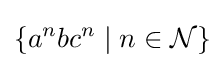
\{a^{n}bc^{n}\mid n\in {\mathcal {N}}\}